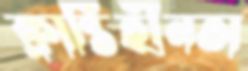
ক্লান্তিহীনতা